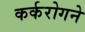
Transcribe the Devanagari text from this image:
कर्करोगने